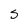
Character: S